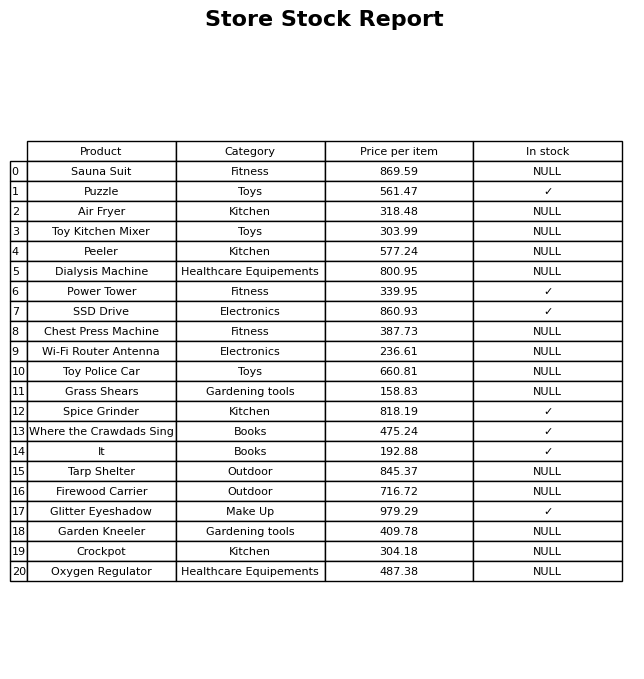
question: What is the price for Chest Press Machine?
answer: The price of Chest Press Machine is 387.73.